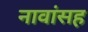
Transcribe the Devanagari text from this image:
नावांसह